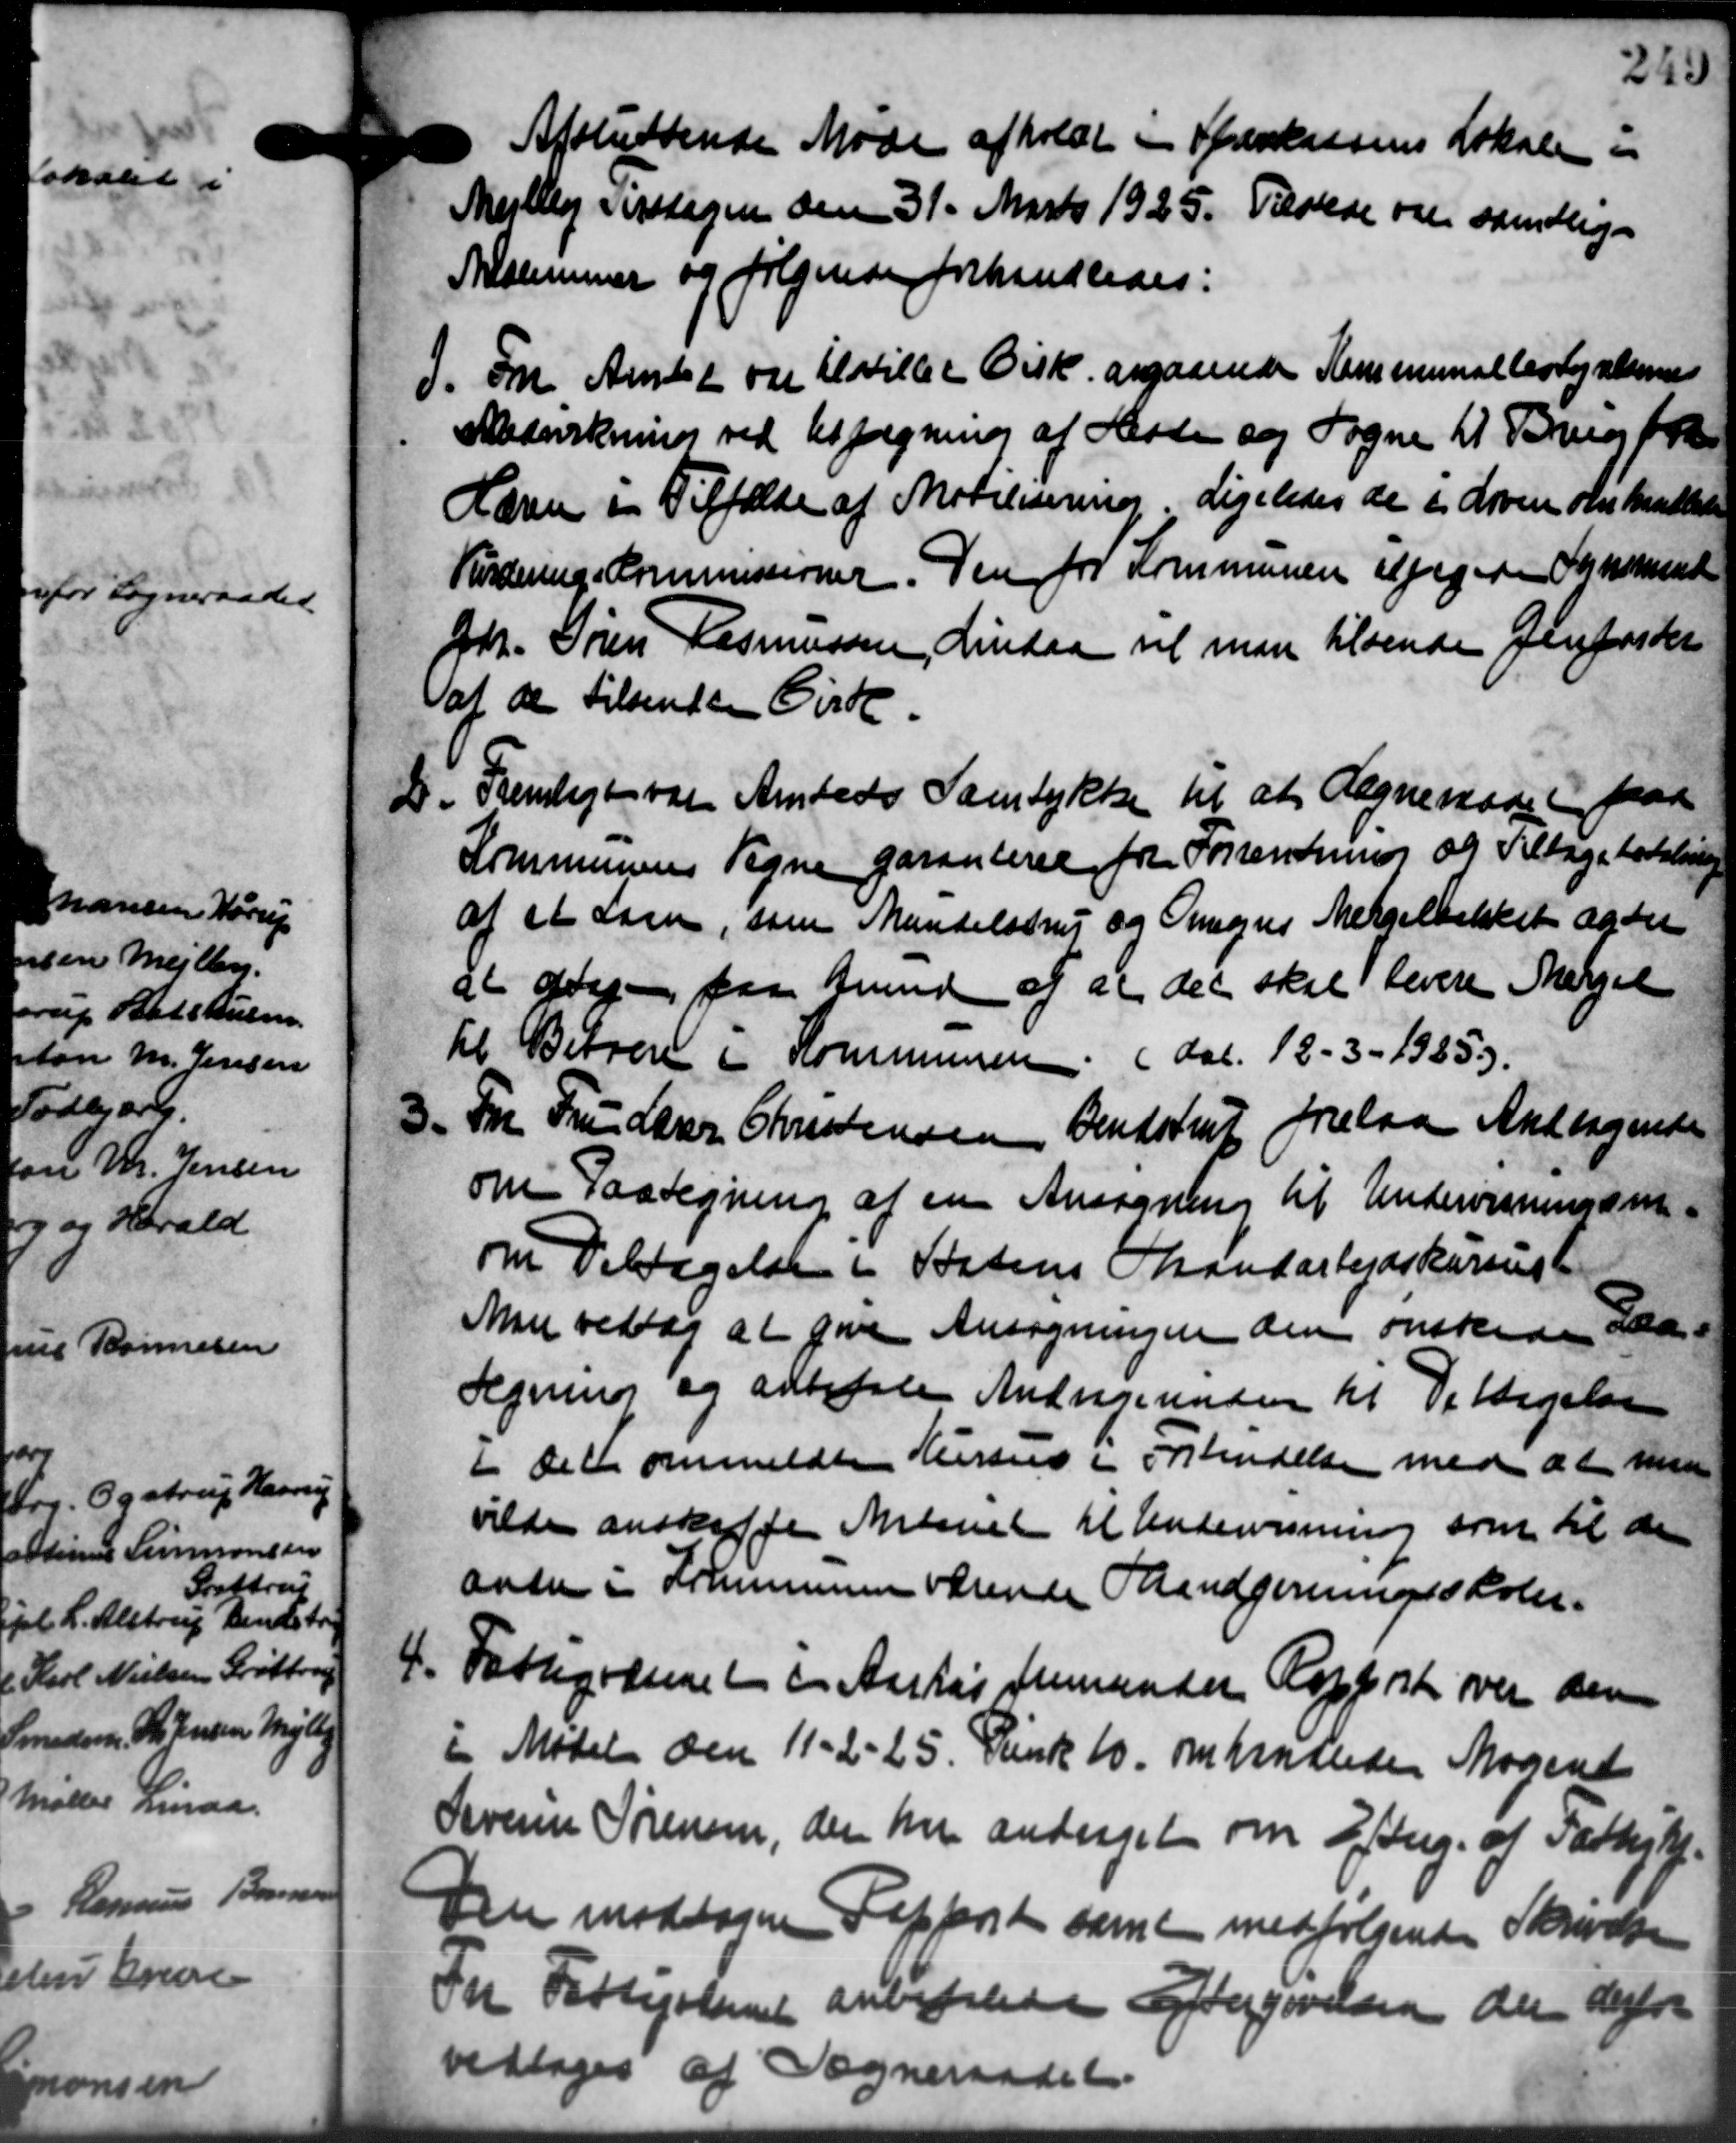
Transskription:
Afsluttende Møde afholdt i Speekassens Lokale. "
Mejlby Tirsdagen den 31. Marts 1925. Tilstede om samtlige
Medlemmer og følgende forhandledes:
7. Fra Amtet var tilville Disk. angaaende Kommunalbestyrelsens
7. Fra Amtet var tilville Disk. angaaende Kommunalbestyrelsens
Medvirkning ved Udpegning af Heste og Sogne til Brug fra
Lærer i Tilfælde af Mobilisering. Ligeledes de i Loven omhandlede
Vurdering Kommissioner. Den for Kommunen udpegede Synsmand
Hr. Søren Rasmussen, Lindaa vil man tilsende Genforsker
at de tilsendes Cirk.
2. Fremligt var Amtets Samtykke til at Regneraadet paa
2. Fremligt var Amtets Samtykke til at Regneraadet paa
Kommunens Tegne garanteren for Forrentning og Tilbagebetaling
af et Laan, som Mandelstrup og Omegns Mergelbakket og der
at drag paa Grund af at det skal levere Mærgel
til Beboere i Kommunen. (dal. 12- 3- 1985).
3. For Fru Lærer Christensen Bendstrup forelaa Andragende
3. For Fru Lærer Christensen Bendstrup forelaa Andragende
om Paategning af en Ansøgning til Undervisningsm
om Deltagelsen i Sortens Strandarbejdskursust
Man vedtog at give Ansøgningen den ønskede saa-
Regning og udbetale Andragenden til Vettigelse
I det anmeldte Hussens i Forkendelse med at man
vilde anskaffe Medennet til Undervisning som til den
anden i Kommunen værende Sandgerningsskoler.
4. Fattigvæsenet i Aarhus fremsender Rapport over den
4. Fattigvæsenet i Aarhus fremsender Rapport over den
i Mødet den 11 - 2 - 25. Dunk 10 omhandledes Mogens
Sovenne Sørensen, den har andraget om Efterr. af Fattighje
Den modtagne Tapperet samt medfølgende Skrivelse
Fra Fattigvæsnet anbefalede Eftergivelsen der derfor
vedtoges at Sogneraadet